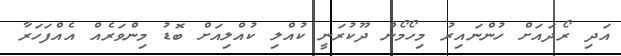
އަދި ރޯދައަށް ހުންނައިރު މިހޯމޯން ދޫކުރަނީ ކުއްލި ކުއްލިއަށް ބޮޑު މިންވަރެއް އެއްފަހަރާ